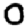
Digit: 0